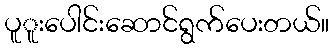
ပူူးပေါင်းဆောင်ရွက်ပေးတယ်။